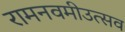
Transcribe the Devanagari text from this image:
रामनवमीउत्सव